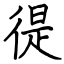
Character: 徥